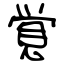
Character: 覚